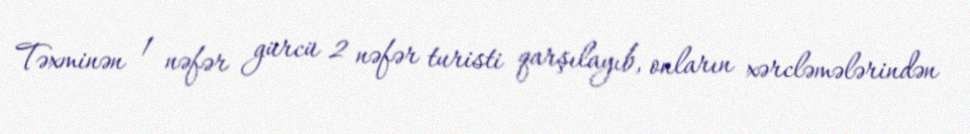
Təxminən 1 nəfər gürcü 2 nəfər turisti qarşılayıb, onların xərcləmələrindən